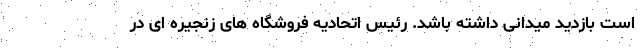
است بازدید میدانی داشته باشد. رئیس اتحادیه فروشگاه های زنجیره ای در